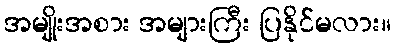
အမျိုးအစား အများကြီး ပြနိုင်မလား။